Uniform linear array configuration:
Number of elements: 4
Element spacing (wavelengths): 0.25
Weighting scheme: blackman
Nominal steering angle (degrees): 0
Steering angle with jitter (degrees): -1.234
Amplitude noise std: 0.05
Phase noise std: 0.05

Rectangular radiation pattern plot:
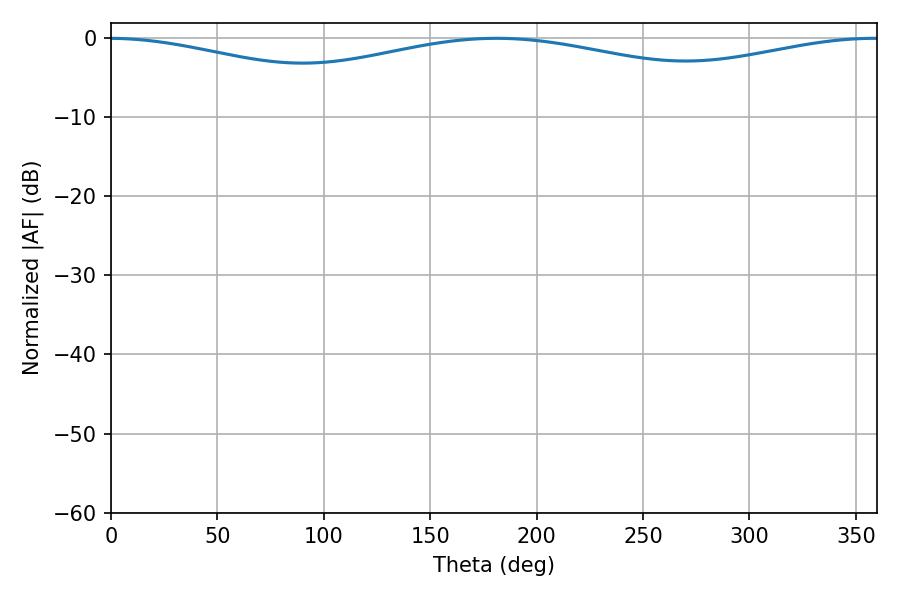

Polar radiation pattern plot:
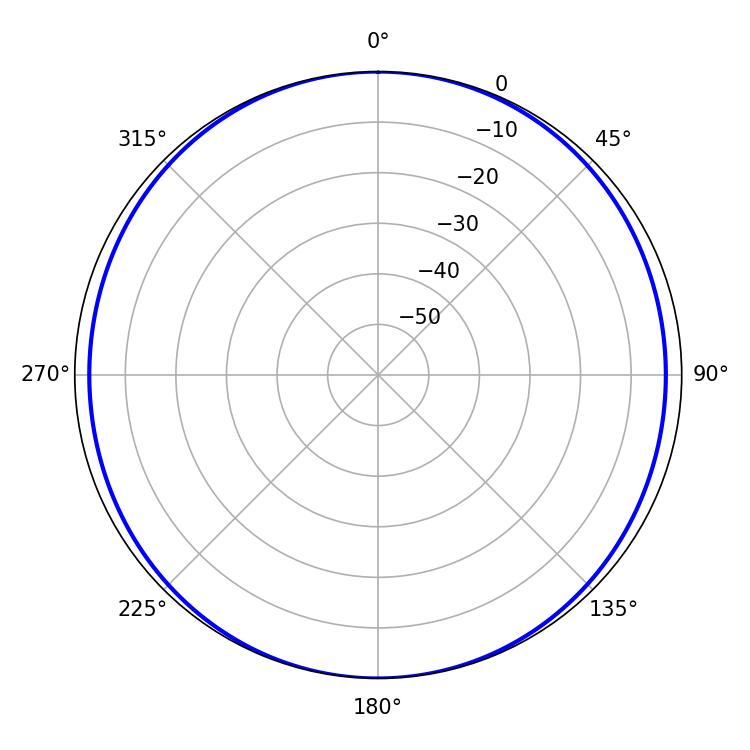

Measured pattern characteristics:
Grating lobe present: FALSE
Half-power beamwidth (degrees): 258.84
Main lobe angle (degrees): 181.08